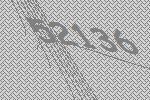
52136